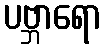
ပဗ္ဘာရော